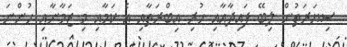
ސިޔަރަތުން ލިބޭ ފައިދާއާއި ހުރި ޢިބްރަތާއި އެ ކަމާއި މި ޒަމާނާއި ހުންނަ